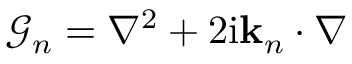
\mathcal { G } _ { n } = \nabla ^ { 2 } + 2 \mathrm { i } \mathbf { k } _ { n } \cdot \nabla